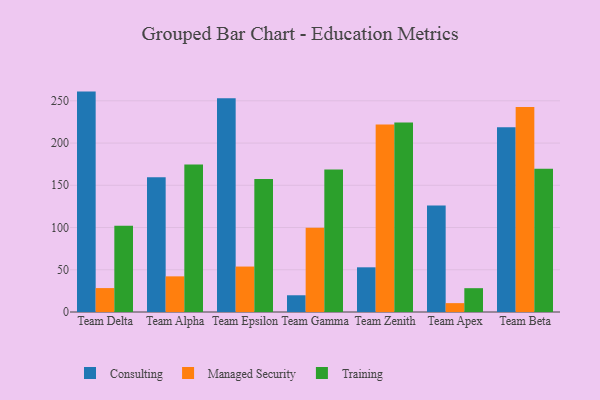
{"axis": {"x": "Team", "y": "Market Share (%)"}, "legend": ["Consulting", "Managed Security", "Training"], "data": [{"x": "Team Delta", "y": 260.9, "type": "Consulting"}, {"x": "Team Delta", "y": 28.3, "type": "Managed Security"}, {"x": "Team Delta", "y": 102.1, "type": "Training"}, {"x": "Team Alpha", "y": 159.5, "type": "Consulting"}, {"x": "Team Alpha", "y": 42.2, "type": "Managed Security"}, {"x": "Team Alpha", "y": 174.7, "type": "Training"}, {"x": "Team Epsilon", "y": 252.9, "type": "Consulting"}, {"x": "Team Epsilon", "y": 53.8, "type": "Managed Security"}, {"x": "Team Epsilon", "y": 157.5, "type": "Training"}, {"x": "Team Gamma", "y": 19.8, "type": "Consulting"}, {"x": "Team Gamma", "y": 99.6, "type": "Managed Security"}, {"x": "Team Gamma", "y": 168.6, "type": "Training"}, {"x": "Team Zenith", "y": 52.9, "type": "Consulting"}, {"x": "Team Zenith", "y": 222.0, "type": "Managed Security"}, {"x": "Team Zenith", "y": 224.3, "type": "Training"}, {"x": "Team Apex", "y": 126.1, "type": "Consulting"}, {"x": "Team Apex", "y": 10.5, "type": "Managed Security"}, {"x": "Team Apex", "y": 28.2, "type": "Training"}, {"x": "Team Beta", "y": 218.8, "type": "Consulting"}, {"x": "Team Beta", "y": 242.7, "type": "Managed Security"}, {"x": "Team Beta", "y": 169.5, "type": "Training"}]}